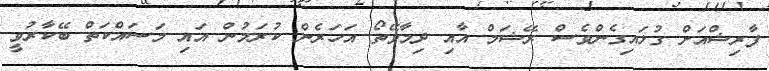
ފާރިޝްއަށް ގުޅައިގެންވެސް ރޭޝަމް އާއި ދިމާވޭތޯ އަހަރެން ކުރަމުން އައި މަސައްކަތް ބޭކާރުވީ